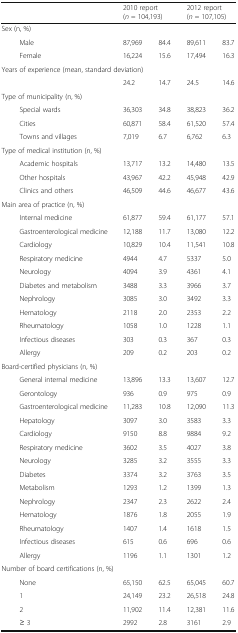
<table><thead><tr><td rowspan="2" colspan="2"></td><td colspan="2"><b>2010 report</b></td><td colspan="2"><b>2012 report</b></td></tr><tr><td colspan="2"><b>(<i>n</i> = 104,193)</b></td><td colspan="2"><b>(<i>n</i> = 107,105)</b></td></tr></thead><tbody><tr><td colspan="6">Sex (n, %)</td></tr><tr><td></td><td>Male</td><td>87,969</td><td>84.4</td><td>89,611</td><td>83.7</td></tr><tr><td></td><td>Female</td><td>16,224</td><td>15.6</td><td>17,494</td><td>16.3</td></tr><tr><td colspan="6">Years of experience (mean, standard deviation)</td></tr><tr><td></td><td></td><td>24.2</td><td>14.7</td><td>24.5</td><td>14.6</td></tr><tr><td colspan="6">Type of municipality (n, %)</td></tr><tr><td></td><td>Special wards</td><td>36,303</td><td>34.8</td><td>38,823</td><td>36.2</td></tr><tr><td></td><td>Cities</td><td>60,871</td><td>58.4</td><td>61,520</td><td>57.4</td></tr><tr><td></td><td>Towns and villages</td><td>7,019</td><td>6.7</td><td>6,762</td><td>6.3</td></tr><tr><td colspan="6">Type of medical institution (n, %)</td></tr><tr><td></td><td>Academic hospitals</td><td>13,717</td><td>13.2</td><td>14,480</td><td>13.5</td></tr><tr><td></td><td>Other hospitals</td><td>43,967</td><td>42.2</td><td>45,948</td><td>42.9</td></tr><tr><td></td><td>Clinics and others</td><td>46,509</td><td>44.6</td><td>46,677</td><td>43.6</td></tr><tr><td colspan="6">Main area of practice (n, %)</td></tr><tr><td></td><td>Internal medicine</td><td>61,877</td><td>59.4</td><td>61,177</td><td>57.1</td></tr><tr><td></td><td>Gastroenterological medicine</td><td>12,188</td><td>11.7</td><td>13,080</td><td>12.2</td></tr><tr><td></td><td>Cardiology</td><td>10,829</td><td>10.4</td><td>11,541</td><td>10.8</td></tr><tr><td></td><td>Respiratory medicine</td><td>4944</td><td>4.7</td><td>5337</td><td>5.0</td></tr><tr><td></td><td>Neurology</td><td>4094</td><td>3.9</td><td>4361</td><td>4.1</td></tr><tr><td></td><td>Diabetes and metabolism</td><td>3488</td><td>3.3</td><td>3966</td><td>3.7</td></tr><tr><td></td><td>Nephrology</td><td>3085</td><td>3.0</td><td>3492</td><td>3.3</td></tr><tr><td></td><td>Hematology</td><td>2118</td><td>2.0</td><td>2353</td><td>2.2</td></tr><tr><td></td><td>Rheumatology</td><td>1058</td><td>1.0</td><td>1228</td><td>1.1</td></tr><tr><td></td><td>Infectious diseases</td><td>303</td><td>0.3</td><td>367</td><td>0.3</td></tr><tr><td></td><td>Allergy</td><td>209</td><td>0.2</td><td>203</td><td>0.2</td></tr><tr><td colspan="6">Board-certified physicians (n, %)</td></tr><tr><td></td><td>General internal medicine</td><td>13,896</td><td>13.3</td><td>13,607</td><td>12.7</td></tr><tr><td></td><td>Gerontology</td><td>936</td><td>0.9</td><td>975</td><td>0.9</td></tr><tr><td></td><td>Gastroenterological medicine</td><td>11,283</td><td>10.8</td><td>12,090</td><td>11.3</td></tr><tr><td></td><td>Hepatology</td><td>3097</td><td>3.0</td><td>3583</td><td>3.3</td></tr><tr><td></td><td>Cardiology</td><td>9150</td><td>8.8</td><td>9884</td><td>9.2</td></tr><tr><td></td><td>Respiratory medicine</td><td>3602</td><td>3.5</td><td>4027</td><td>3.8</td></tr><tr><td></td><td>Neurology</td><td>3285</td><td>3.2</td><td>3555</td><td>3.3</td></tr><tr><td></td><td>Diabetes</td><td>3374</td><td>3.2</td><td>3763</td><td>3.5</td></tr><tr><td></td><td>Metabolism</td><td>1293</td><td>1.2</td><td>1399</td><td>1.3</td></tr><tr><td></td><td>Nephrology</td><td>2347</td><td>2.3</td><td>2622</td><td>2.4</td></tr><tr><td></td><td>Hematology</td><td>1876</td><td>1.8</td><td>2055</td><td>1.9</td></tr><tr><td></td><td>Rheumatology</td><td>1407</td><td>1.4</td><td>1618</td><td>1.5</td></tr><tr><td></td><td>Infectious diseases</td><td>615</td><td>0.6</td><td>696</td><td>0.6</td></tr><tr><td></td><td>Allergy</td><td>1196</td><td>1.1</td><td>1301</td><td>1.2</td></tr><tr><td colspan="6">Number of board certifications (n, %)</td></tr><tr><td></td><td>None</td><td>65,150</td><td>62.5</td><td>65,045</td><td>60.7</td></tr><tr><td></td><td>1</td><td>24,149</td><td>23.2</td><td>26,518</td><td>24.8</td></tr><tr><td></td><td>2</td><td>11,902</td><td>11.4</td><td>12,381</td><td>11.6</td></tr><tr><td></td><td>≥ 3</td><td>2992</td><td>2.8</td><td>3161</td><td>2.9</td></tr></tbody></table>